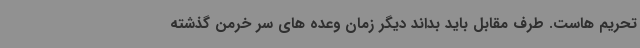
تحریم هاست. طرف مقابل باید بداند دیگر زمان وعده های سر خرمن گذشته